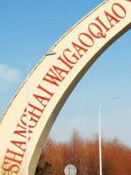
SHANGHAIWAIGAOQIAO